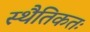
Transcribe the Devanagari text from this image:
स्थैतिकतः